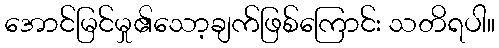
အောင်မြင်မှု၏သော့ချက်ဖြစ်ကြောင်း သတိရပါ။